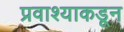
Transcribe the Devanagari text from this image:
प्रवाश्याकडून